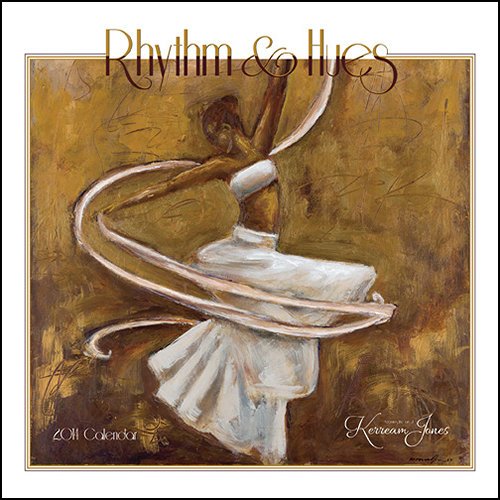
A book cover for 2014 Rhythm & Hues featuring the Art of Kerream Jones Wall; Shades of Color; Calendars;